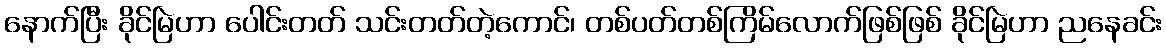
နောက်ပြီး ခိုင်မြဲဟာ ပေါင်းတတ် သင်းတတ်တဲ့ကောင်၊ တစ်ပတ်တစ်ကြိမ်လောက်ဖြစ်ဖြစ် ခိုင်မြဲဟာ ညနေခင်း